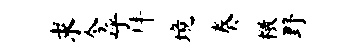
求今呼拜境奏檄野